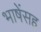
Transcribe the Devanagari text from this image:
भाषेंसह